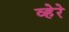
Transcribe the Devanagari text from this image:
व्हेरे